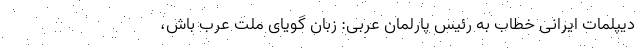
دیپلمات ایرانی خطاب به رئیس پارلمان عربی: زبان گویای ملت عرب باش،